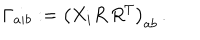
\Gamma _ { a i b } : = \left( X _ { i } R \, R ^ { T } \right) _ { a b } \, .